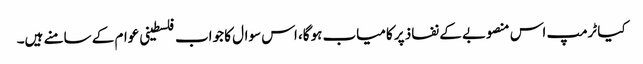
کیا ٹرمپ اس منصوبے کے نفاذ پر کامیاب ہوگا، اس سوال کا جواب فلسطینی عوام کے سامنے ہیں۔